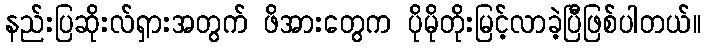
နည်းပြဆိုးလ်ရှားအတွက် ဖိအားတွေက ပိုမိုတိုးမြင့်လာခဲ့ပြီဖြစ်ပါတယ်။